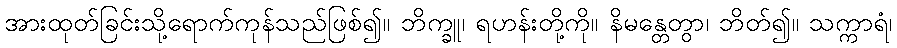
အားထုတ်ခြင်းသို့ရောက်ကုန်သည်ဖြစ်၍။ ဘိက္ခူ၊ ရဟန်းတို့ကို။ နိမန္တေတွာ၊ ဘိတ်၍။ သက္ကာရံ၊